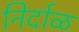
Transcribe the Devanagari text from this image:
निर्दाळ